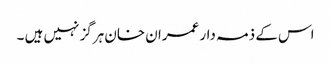
اس کے ذمہ دار عمران خان ہرگز نہیں ہیں ۔